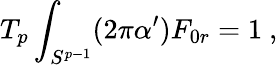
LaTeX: T_{p}\int_{S^{p-1}}(2\pi\alpha^{\prime})F_{0r}=1\ ,